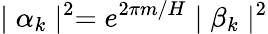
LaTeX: \mid\alpha_{k}\mid^{2}=e^{2\pi m/H}\mid\beta_{k}\mid^{2}